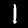
Label: 1